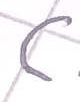
Text: C